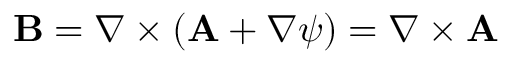
{ \mathbf { B } } = \nabla \times ( { \mathbf { A } } + \nabla \psi ) = \nabla \times { \mathbf { A } }